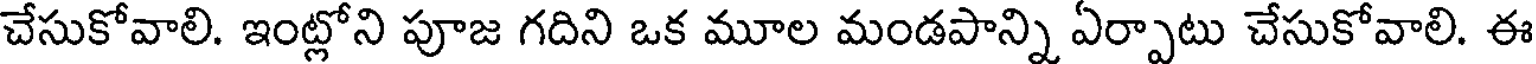
చేసుకోవాలి. ఇంట్లోని పూజ గదిని ఒక మూల మండపాన్ని ఏర్పాటు చేసుకోవాలి. ఈ